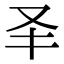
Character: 𠬤